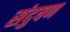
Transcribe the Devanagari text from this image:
संदुषण